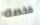
فحصه